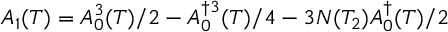
A _ { 1 } ( T ) = A _ { 0 } ^ { 3 } ( T ) / 2 - A _ { 0 } ^ { \dag 3 } ( T ) / 4 - 3 N ( T _ { 2 } ) A _ { 0 } ^ { \dag } ( T ) / 2